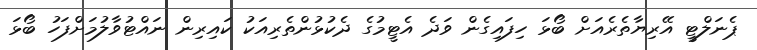
ޕެނަލްޓީ އޭރިޔާތެރެއަށް ބޯޅަ ހިފައިގެން ވަދެ އެޓީމުގެ ދެކުޅުންތެރިއަކު ކައިރިން ނައްޓުވާލުމަށްފަހު ބޯޅަ